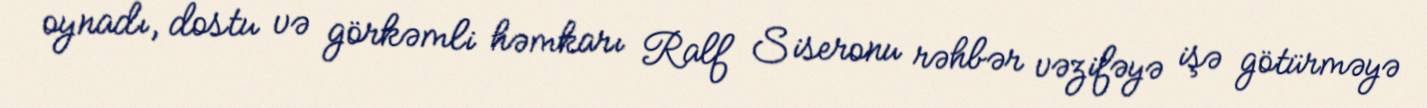
oynadı, dostu və görkəmli həmkarı Ralf Siseronu rəhbər vəzifəyə işə götürməyə